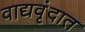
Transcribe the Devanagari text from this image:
वाद्यवृंदात